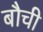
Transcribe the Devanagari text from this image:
बौची